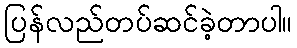
ပြန်လည်တပ်ဆင်ခဲ့တာပါ။